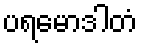
ပရမောဒါတံ